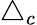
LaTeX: \bigtriangleup_{c}